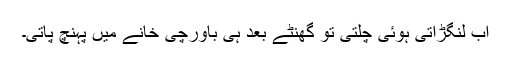
اب لنگڑاتی ہوئی چلتی تو گھنٹے بعد ہی باورچی خانے میں پہنچ پاتی۔